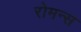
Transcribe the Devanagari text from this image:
रोमन्स